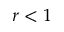
r < 1